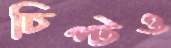
চিপ্‌টও